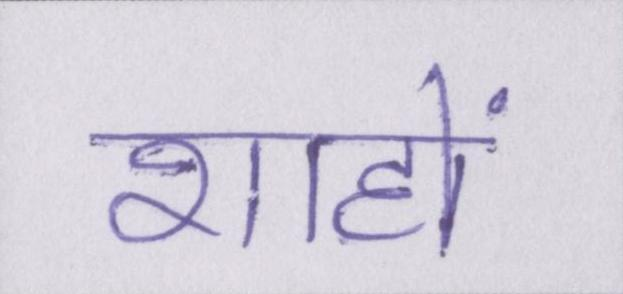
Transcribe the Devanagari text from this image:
शाहों